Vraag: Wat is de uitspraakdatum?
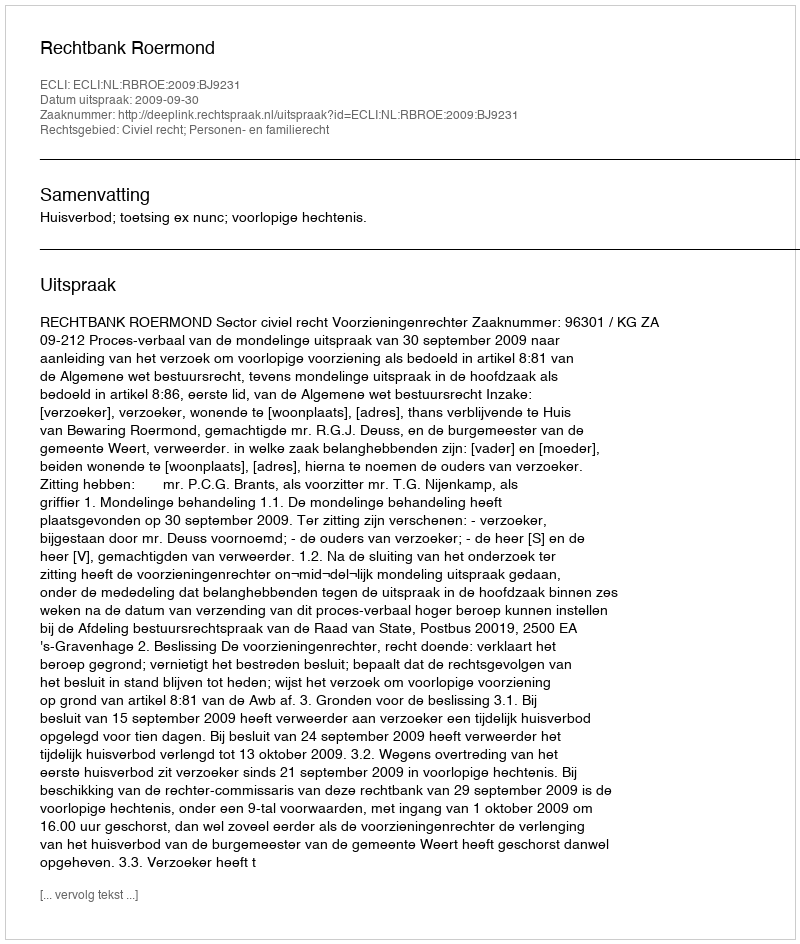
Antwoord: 2009-09-30